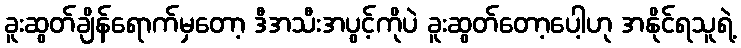
ခူးဆွတ်ချိန်ရောက်မှတော့ ဒီအသီးအပွင့်ကိုပဲ ခူးဆွတ်တော့ပေါ့ဟု အနိုင်ရသူရဲ့